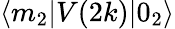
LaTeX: \langle m_{2}|V(2k)|0_{2}\rangle